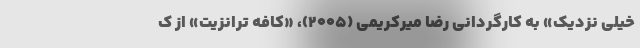
خیلی نزدیک» به کارگردانی رضا میرکریمی (۲۰۰۵)، «کافه ترانزیت» از ک